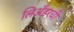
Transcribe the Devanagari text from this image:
लिअँडरची